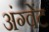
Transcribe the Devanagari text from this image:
अंग्वेंट